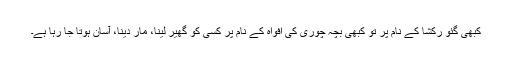
کبھی گئو رکشا کے نام پر تو کبھی بچہ چوری کی افواہ کے نام پر کسی کو گھیر لینا، مار دینا، آسان ہوتا جا رہا ہے۔